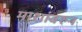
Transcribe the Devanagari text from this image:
माशांवरुन